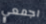
اجمعي